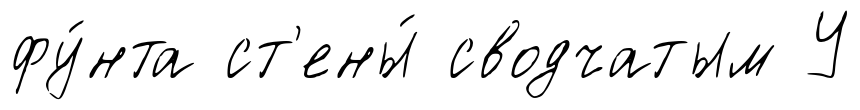
фу́нта ст'ены́ сводчатым У